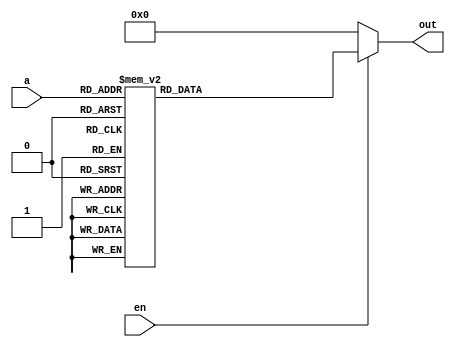
/* task from course - Verilog HDL for Digital Design and Functional Verification*/

module decoder_3_to_8(
	
	//inputs
	input en,
	input [2:0] a,
	
	//outputs
	output reg [7:0] out );
	
	always @(*) begin
		
		if(en != 1) begin
			out = 0;
		end
		else begin
			case(a)
				3'b000: out = 8'b00000001;
				3'b001: out = 8'b00000010;
				3'b010: out = 8'b00000100;
				3'b011: out = 8'b00001000;
				3'b100: out = 8'b00010000;
				3'b101: out = 8'b00100000;
				3'b110: out = 8'b01000000;
				3'b111: out = 8'b10000000;
				//default
				default: out = 8'b00000000;
			endcase
		end
	end

endmodule